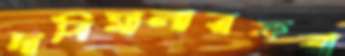
দাবিমালারফরা